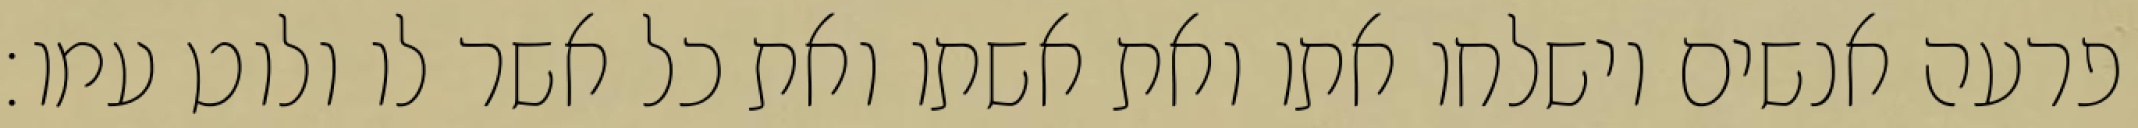
פרעה אנשים וישלחו אתו ואת אשתו ואת כל אשר לו ולוט עמו׃